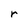
Character: r